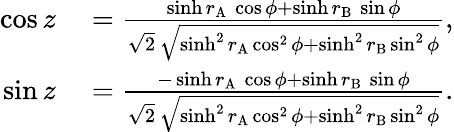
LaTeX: \begin{array}{rl}{\cos z}&{{}=\frac{\sinh r_{\mathrm{\scriptscriptstyle A}}\, \cos\phi+\sinh r_{\mathrm{\scriptscriptstyle B}}\, \sin\phi}{\sqrt 2\, \sqrt{\sinh^{2}r_{\mathrm{\scriptscriptstyle A}}\cos^{2}\phi+\sinh^{2}r_{\mathrm{\scriptscriptstyle B}}\sin^{2}\phi}},}\\ {\sin z}&{{}=\frac{-\sinh r_{\mathrm{\scriptscriptstyle A}}\, \cos\phi+\sinh r_{\mathrm{\scriptscriptstyle B}}\, \sin\phi}{\sqrt 2\, \sqrt{\sinh^{2}r_{\mathrm{\scriptscriptstyle A}}\cos^{2}\phi+\sinh^{2}r_{\mathrm{\scriptscriptstyle B}}\sin^{2}\phi}}.}\end{array}